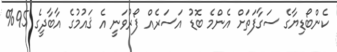
ކެންބޯޑިޔާގެ ސަގާފަތަށް އެންމެ ބޮޑު އަސަރެއް ފޯރުވަނީ އެ ޤައުމުގެ އާބާދީގެ 95%